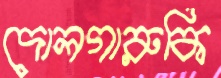
দোলগারুকি